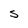
Character: S